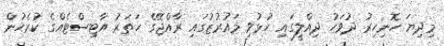
މިދިޔަ ހޮނިހިރު ދުވަހު ދިއްލީގައި ހުޅުވި މައުރުޒުގައި ރާއްޖޭގެ ހަތަރު އާޓިސްޓެއްގެ ކުރެހުން